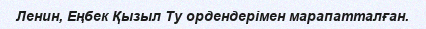
Ленин, Еңбек Қызыл Ту ордендерімен марапатталған.